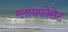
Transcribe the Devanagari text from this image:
ग्लायफोसेट